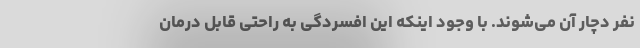
نفر دچار آن می‌شوند. با وجود اینکه این افسردگی به راحتی قابل درمان